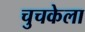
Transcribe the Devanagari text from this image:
चुचकेला